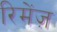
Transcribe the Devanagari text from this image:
रिमेंज़